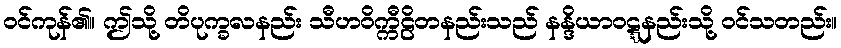
ဝင်ကုန်၏။ ဤသို့ တိပုက္ခလနည်း သီဟဝိက္ကီဠိတနည်းသည် နန္ဒိယာဝဋ္ဋနည်းသို့ ဝင်သတည်း။